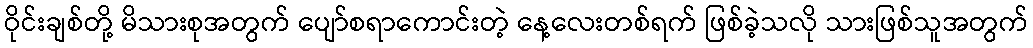
ဝိုင်းချစ်တို့ မိသားစုအတွက် ပျော်စရာကောင်းတဲ့ နေ့လေးတစ်ရက် ဖြစ်ခဲ့သလို သားဖြစ်သူအတွက်